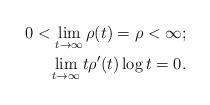
LaTeX: \begin{align*}0<\lim_{t\to\infty}\rho(t)=\rho <\infty;\\\lim_{t\to\infty}t\rho'(t)\log t=0.\end{align*}